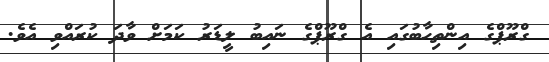
ގްރޫޕްގެ އިންތިހާބުގައި އެ ގްރޫޕްގެ ނައިބު ލީޑަރު ކަމަށް ވާދަ ކުރައްވި އެވެ.